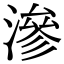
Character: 滲